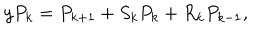
y P _ { k } = P _ { k + 1 } + S _ { k } P _ { k } + R _ { k } P _ { k - 1 } ,